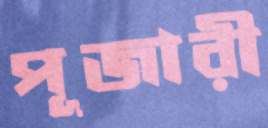
পূজারী